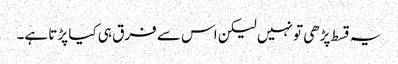
یہ قسط پڑھی تو نہیں لیکن اس سے فرق ہی کیا پڑتا ہے۔